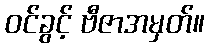
ဝင်ခွင့် ဗီဇာအမှတ်။